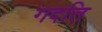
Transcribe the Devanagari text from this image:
गदति